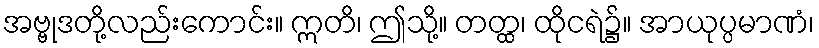
အဗ္ဗုဒတို့လည်းကောင်း။ ဣတိ၊ ဤသို့။ တတ္ထ၊ ထိုငရဲ၌။ အာယုပ္ပမာဏံ၊